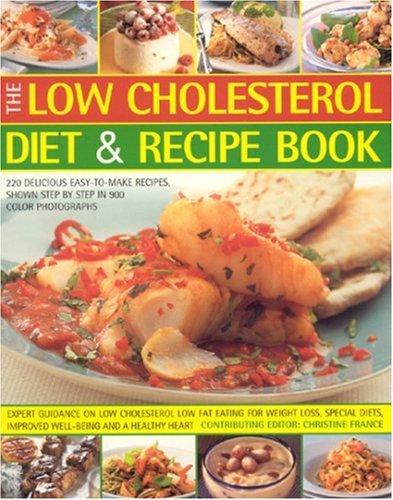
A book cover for The Low Cholesterol Diet & Recipe Book: Expert Guidance On Low Cholesterol Low Fat Eating For Fitness, Special Needs, Well-Being And A Healthy Heart; Christine France; Cookbooks, Food & Wine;